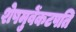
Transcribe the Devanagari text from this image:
शेषमुवेंकटपति